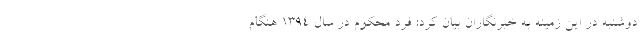
دوشنبه در این زمینه به خبرنگاران بیان کرد: فرد محکوم در سال ۱۳۹۴ هنگام